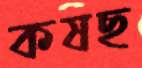
কষছ